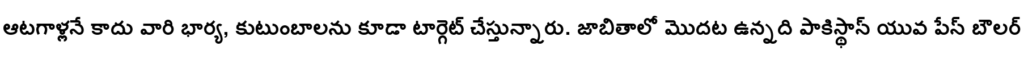
ఆటగాళ్లనే కాదు వారి భార్య, కుటుంబాలను కూడా టార్గెట్ చేస్తున్నారు. జాబితాలో మొదట ఉన్నది పాకిస్థాన్ యువ పేస్ బౌలర్